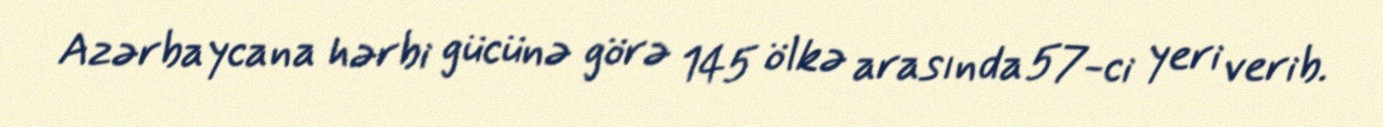
Azərbaycana hərbi gücünə görə 145 ölkə arasında 57-ci yeri verib.